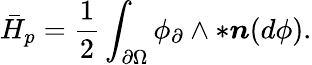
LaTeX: \bar{H}_{p}=\frac{1}{2}\int_{\partial\Omega}\phi_{\partial}\wedge\ast\boldsymbol{n}(d\phi).